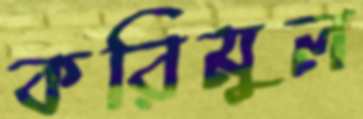
করিমুল